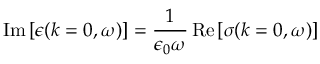
\operatorname { I m } \left[ \epsilon ( k = 0 , \omega ) \right] = \frac { 1 } { \epsilon _ { 0 } \omega } \operatorname { R e } \left[ \sigma ( k = 0 , \omega ) \right]